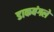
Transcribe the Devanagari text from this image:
डाकबंगले